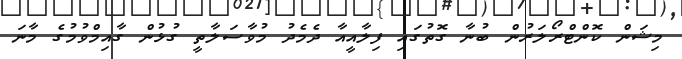
މިޝަން ކޮންޓްރޯލަރުން ބުނާ ގޮތުގައި ފިލާއީއާ ދެމެދު މުވާސަލާތީ ގުޅުން ގާއިމްވުމުގެ މާނަ